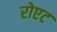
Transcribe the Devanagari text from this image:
रोएट